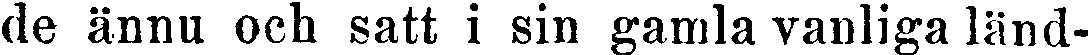
de ännu och satt i sin gamla vanliga länd-